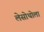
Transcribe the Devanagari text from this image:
लेसोथोला